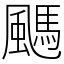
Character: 䬚